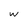
Character: w